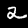
Label: 2